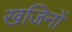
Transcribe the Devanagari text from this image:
खजिनों